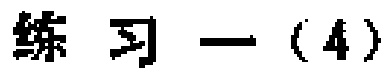
练习一（4）